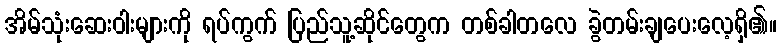
အိမ်သုံးဆေးဝါးများကို ရပ်ကွက် ပြည်သူ့ဆိုင်တွေက တစ်ခါတလေ ခွဲတမ်းချပေးလေ့ရှိ၏။